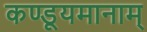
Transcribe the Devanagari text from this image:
कण्डूयमानाम्